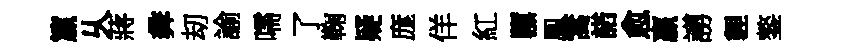
籯乆蔣彜刧諭嚅了鞠疑庬佯紅隳鳯篙諾愈贏謭貍鏊